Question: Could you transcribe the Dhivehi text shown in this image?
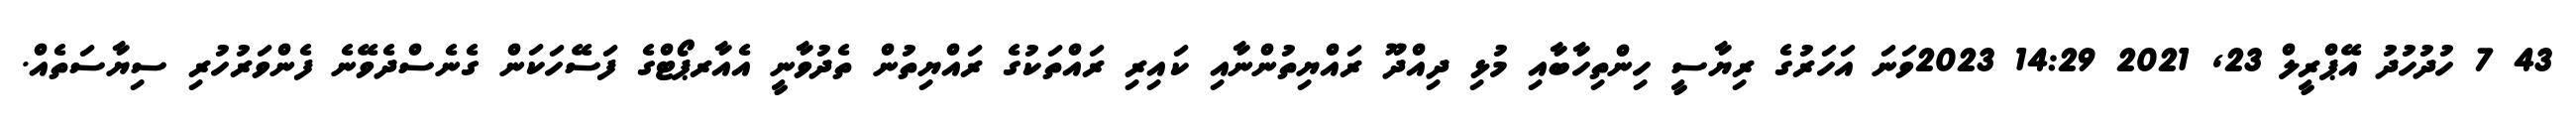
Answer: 43 7 ހުދުހުދު އޭޕްރީލް 23, 2021 14:29 2023ވަނަ އަހަރުގެ ރިޔާސީ ހިންތިހާބާއި މުޅި ދިއްދޫ ރައްޔިތުންނާއި ކައިރި ރައްތަކުގެ ރައްޔިތުން ތެދުވާނީ އެއާރޕޯޓްގެ ފަސޭހަކަން ގެނެސްދެވޭނެ ފެންވަރުހުރި ސިޔާސަތެއް.